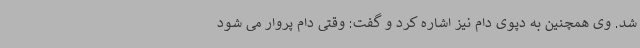
شد. وی همچنین به دپوی دام نیز اشاره کرد و گفت: وقتی دام پروار می شود